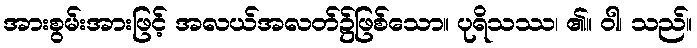
အားစွမ်းအားဖြင့် အလယ်အလတ်၌ဖြစ်သော။ ပုရိသဿ၊ ၏။ ဝါ၊ သည်။